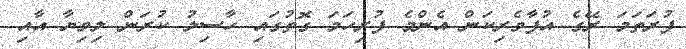
ފުރަތަމަ ރޭގެ އުފާވެރިކަން އެންމެ ފުރިހަމަ ގޮތުގައި ހާސިލު ކުރަން ލިވިޔާ އާއި